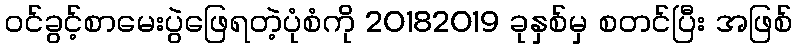
ဝင်ခွင့်စာမေးပွဲဖြေရတဲ့ပုံစံကို 20182019 ခုနှစ်မှ စတင်ပြီး အဖြစ်